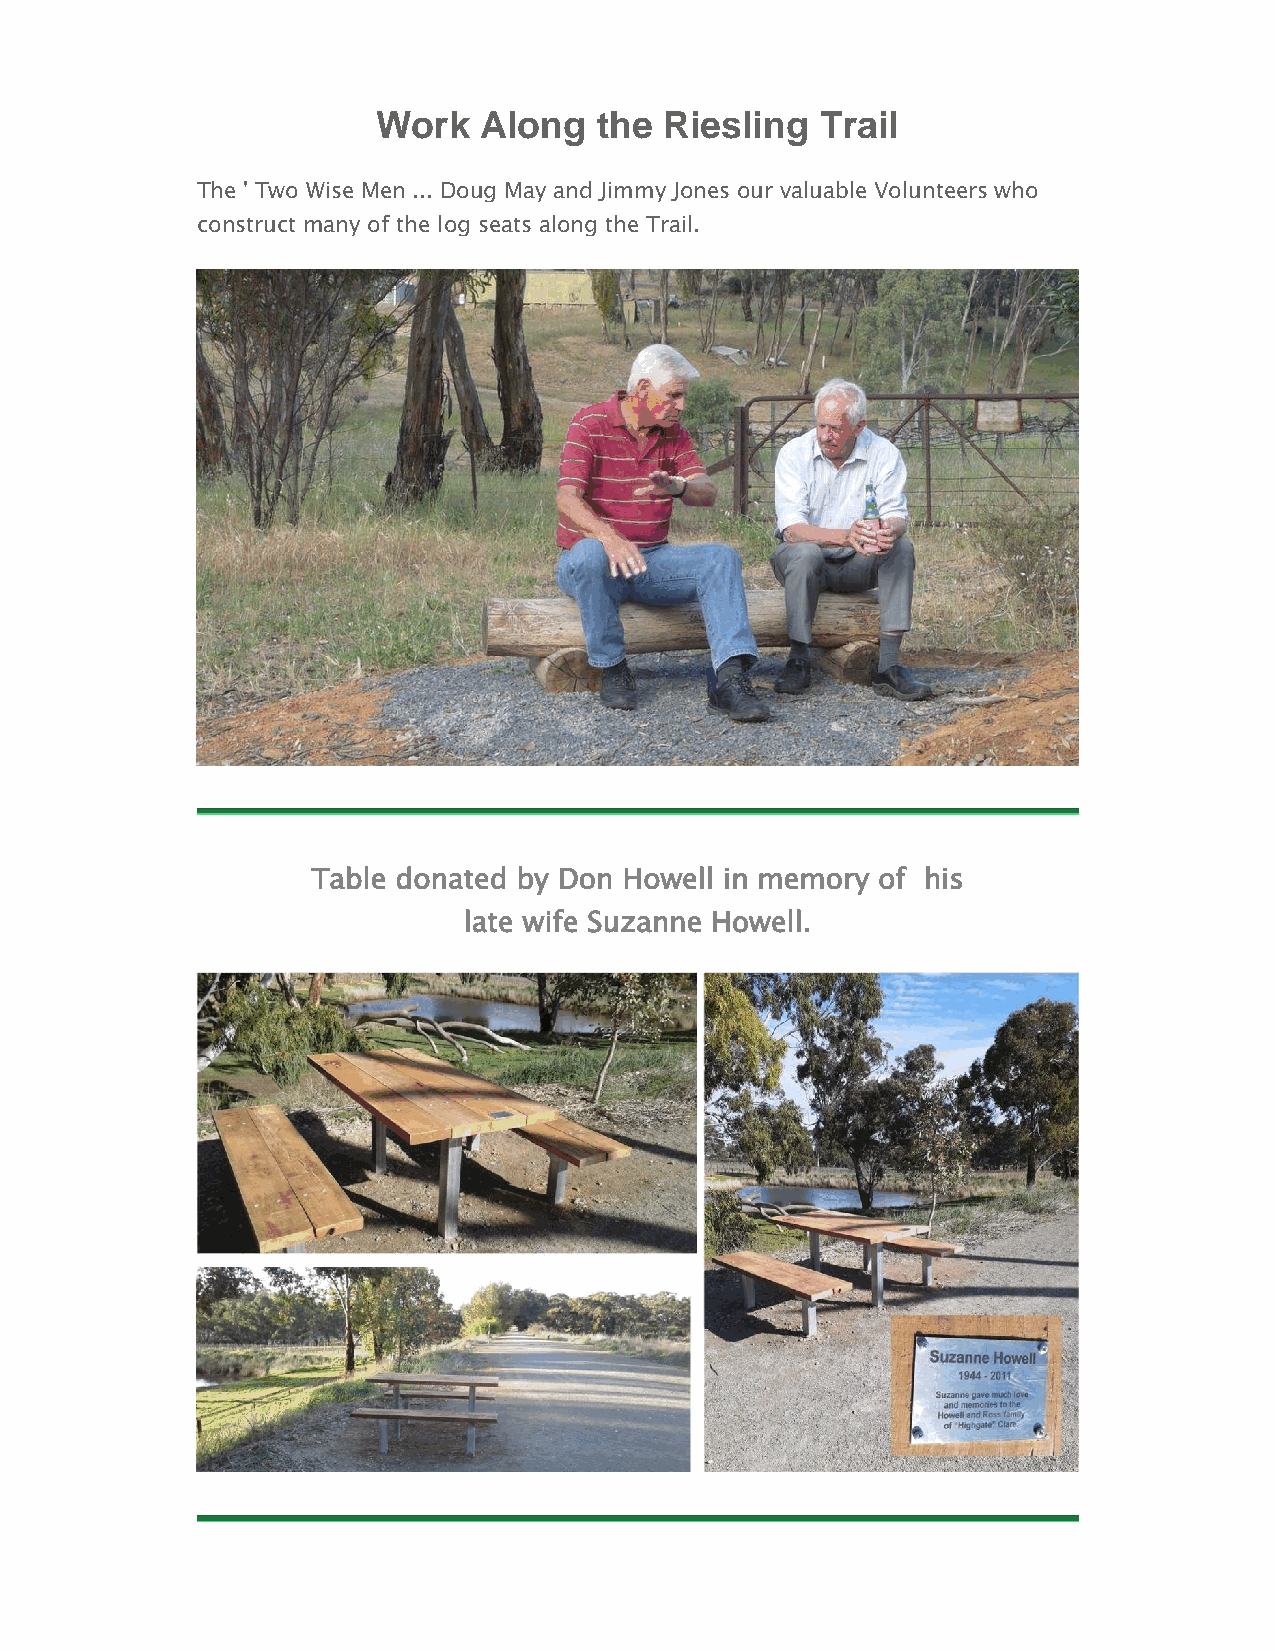
Work   Along   the Riesling  Trail
 The ' Two Wise Men ... Doug May and Jimmy Jones our valuable Volunteers who
 construct many of the log seats along the Trail.
 Table donated by Don Howell in memory of his
 late wife Suzanne Howell.